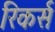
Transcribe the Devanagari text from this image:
रिकर्स